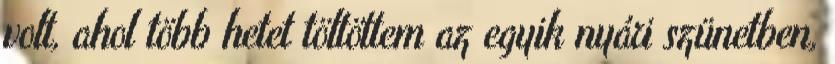
volt, ahol több hetet töltöttem az egyik nyári szünetben,